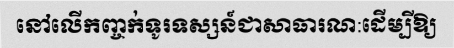
នៅលើកញ្ចក់ទូរទស្សន៍ជាសាធារណ:ដើម្បីឱ្យ